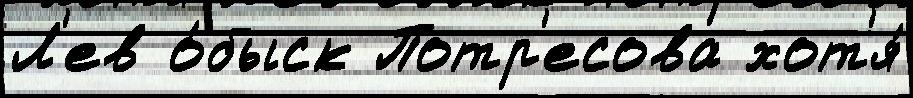
Л'ев о́быск Потр'есова хот'я́